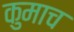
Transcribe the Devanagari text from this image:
कुमाच